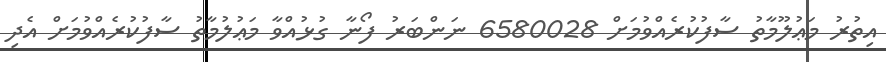
އިތުރު މަޢުލޫމާތު ސާފުކުރެއްވުމަށް 6580028 ނަންބަރު ފޯނާ ގުޅުއްވާ މަޢުލުމާތު ސާފުކުރެއްވުމަށް އެދި